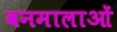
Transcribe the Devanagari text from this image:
वनमालाओं